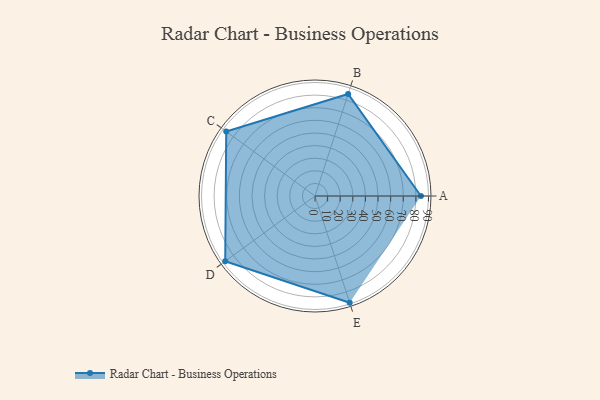
{"axis": {"x": "Skill", "y": "Score"}, "legend": ["Profile"], "data": [{"x": "A", "y": 84.0, "type": "Profile"}, {"x": "B", "y": 85.0, "type": "Profile"}, {"x": "C", "y": 87.0, "type": "Profile"}, {"x": "D", "y": 88.0, "type": "Profile"}, {"x": "E", "y": 89.0, "type": "Profile"}]}